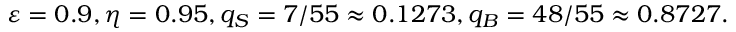
\varepsilon = 0 . 9 , \eta = 0 . 9 5 , q _ { S } = 7 / 5 5 \approx 0 . 1 2 7 3 , q _ { B } = 4 8 / 5 5 \approx 0 . 8 7 2 7 .